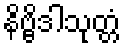
နိဗ္ဗိဒါသုတ္တံ